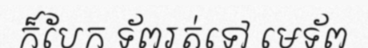
ក៏បែក ទ័ពរត់ទៅ មេទ័ព